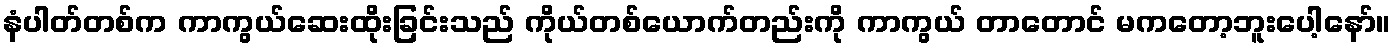
နံပါတ်တစ်က ကာကွယ်ဆေးထိုးခြင်းသည် ကိုယ်တစ်ယောက်တည်းကို ကာကွယ် တာတောင် မကတော့ဘူးပေါ့နော်။